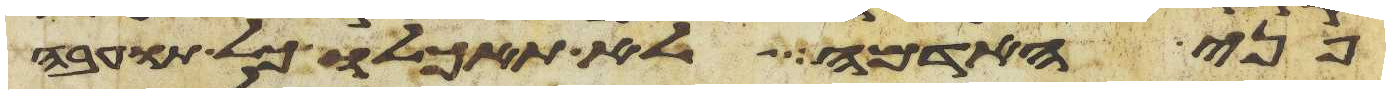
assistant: פני האדמה לא תאכלו כל תועבה